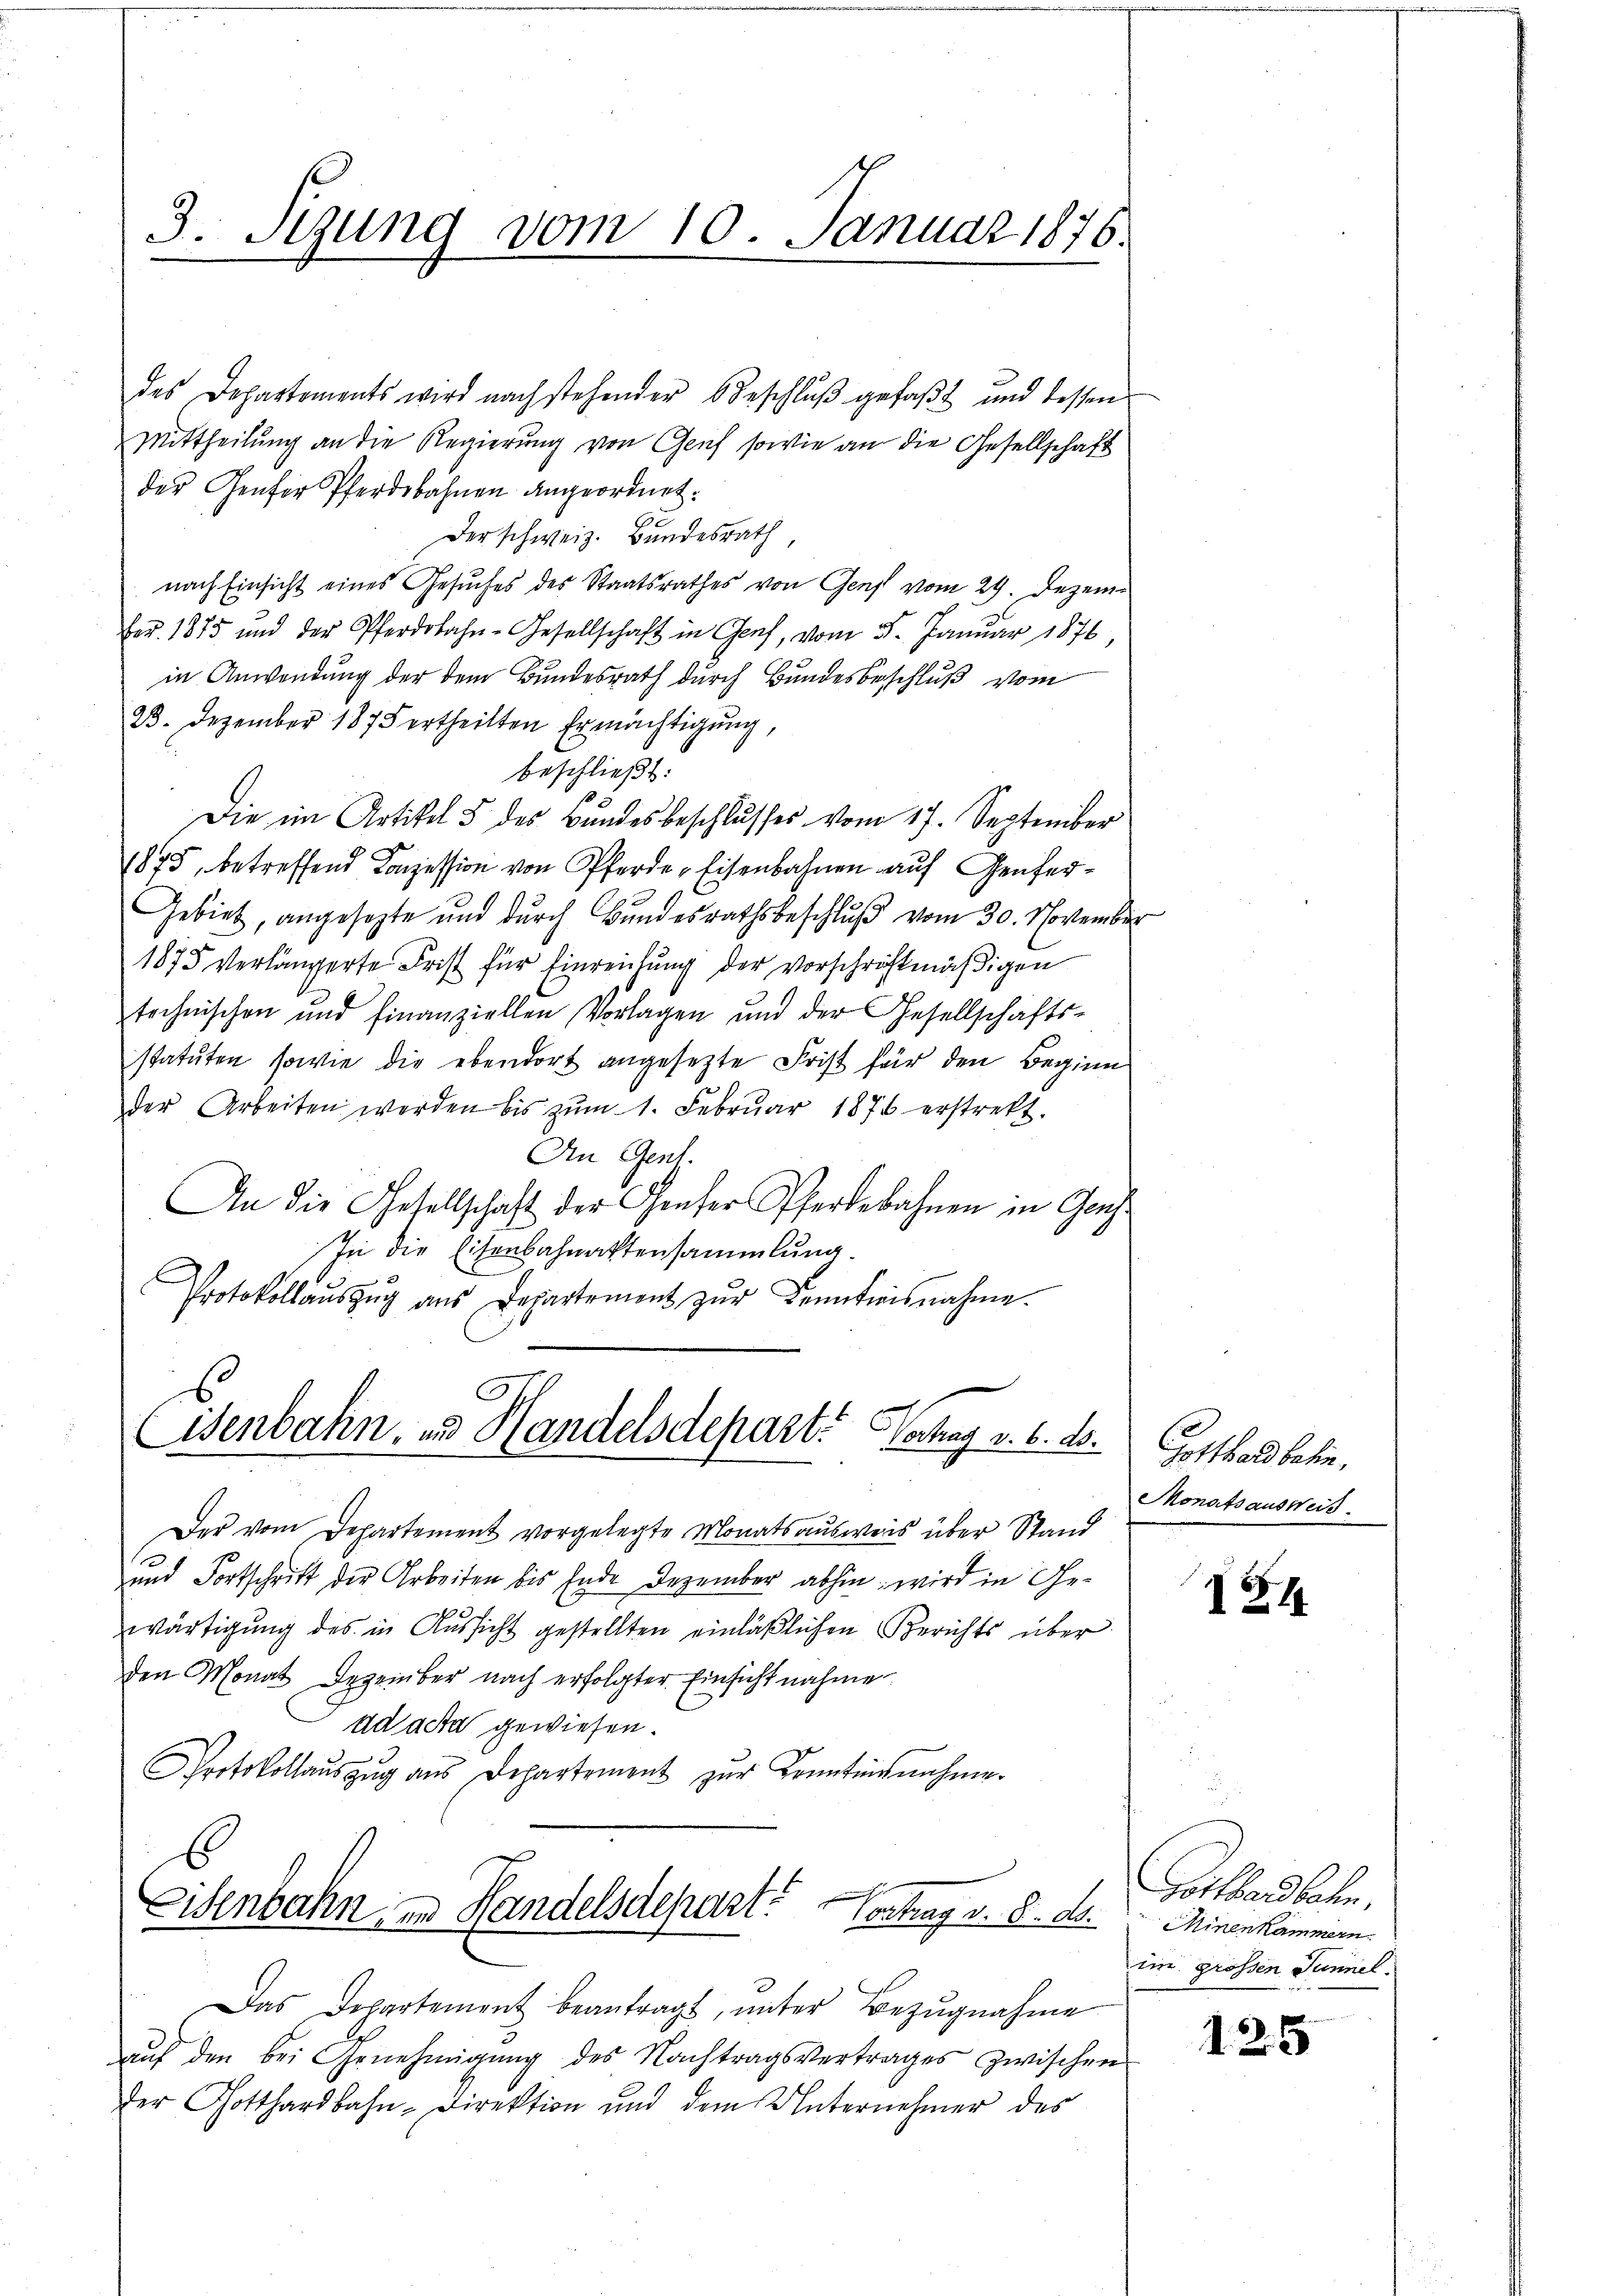
3. Sigung vom 10. Januar 1876.

des Departements wird nach stehender Beschluß gefaßt und dessen
Mittheilung an die Regierung von Genf sowie an die Gesellschaft
der Genfer Pferdebahnen angeordnet:
Der schweiz. Bundesrath
nach Einsicht eines Gesuches des Staatsrathes von Genf vom 29. Dezemfer. 1875 und der Pferdbahn-Gesellschaft in Genf, vom 5. Januar 1876
in Anwendung der dem Bundesrath durch Bundesbeschluß vom
23. Dezember 1875 ertheilten Ermächtigung,
beschließt:
Die im Artikel 5 des Bundesbeschlusses vom 17. September
1875, betreffend Konzession von Pferde Eisenbahnen auf Genfer¬
Gebiet, angesezte und durch Bŭndesrathsbeschlŭβ vom 30. November
1875 verlängerte Frist für Einreichung der vorschriftmäßigen
technischen und finanziellen Vorlagen und der Gesellschafts-
statuten sowie die ebendort angesetzte Frist für den Beginn
der Arbeiten werden bis zŭm 1. Febrŭar 1876 erstrekt.
An Gent.
An die Gesellschaft der Genfer Pferdebahnen in Gens
In die Eisenbahnaktensammlung.
Protokollaŭszŭg ans Departement zŭr Kenntnisnahme.

Eisenbahn, in Handelsdepart. Betrag v. 6. 16.

Eisenbahn in Handelsdepart.
Vertrag v. 8. ds.

Der vom Departement vorgelegte Monatsausweis über Stand
und Fortschritt der Arbeiten bis Ende Dezember abhin wird in Gee
wärtigung des in Aussicht gestellten einläßlichen Berichts über
den Monat Dezember nach erfolgter Einsicht nahme
ad acta gewiesen.
Protokollaŭszŭg aŭs Departement zŭr Krantinnahme.

Das Departement beantragt, ŭnter Bezŭgnahme
aŭf den bei Genehmigŭng des Nachtragsvertrages zwischen
der Gotthardbahn-Direktion und dem Unternehmer des

Gotthard belin,
Monats ausweis

I24.

Gotthardbahn,
Minenkammern.
im grossen Tunnel.

125